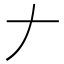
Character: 𠂇